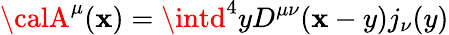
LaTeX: {\calA}^{\mu}(\mathbf{x})=\intd^{4}yD^{\mu\nu}(\mathbf{x}-y)j_{\nu}(y)